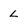
Character: L